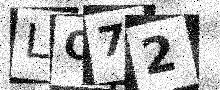
Text: LO72